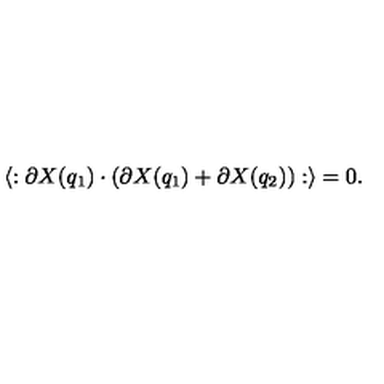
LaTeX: \langle : \partial X ( q _ { 1 } ) \cdot ( \partial X ( q _ { 1 } ) + \partial X ( q _ { 2 } ) ) : \rangle = 0 .